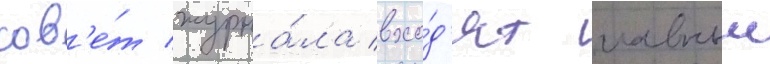
сов'е́т журна́ла вхо́д'ят главныи